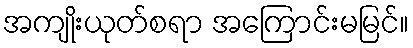
အကျိုးယုတ်စရာ အကြောင်းမမြင်။